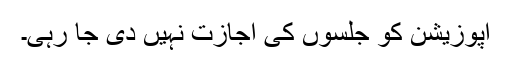
اپوزیشن کو جلسوں کی اجازت نہیں دی جا رہی۔